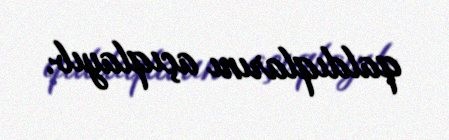
qaldıqlarını açıqlayıb.